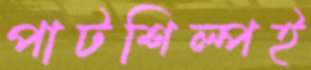
পাটশিল্পই